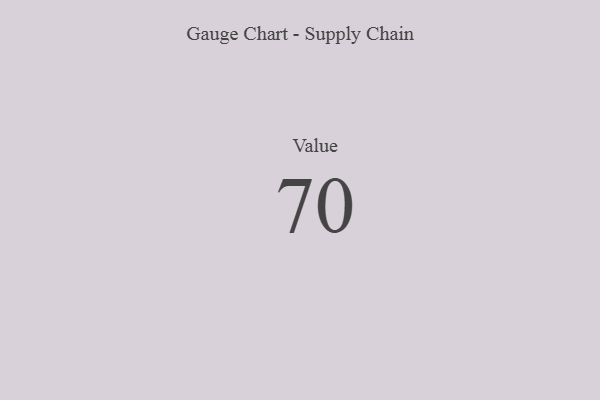
{"axis": {"x": "Metric", "y": "Value"}, "legend": [""], "data": [{"x": "Value", "y": 70, "type": ""}]}